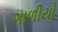
ગાળીયો